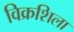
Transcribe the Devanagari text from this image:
विक्रशिला